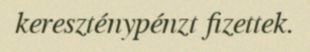
kereszténypénzt fizettek.